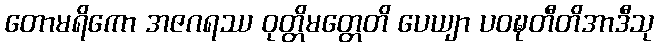
တောမရိကော အဇဂရဿ ဝုတ္တိမတ္တေတိ ပေယျာ ပဝဍ္ဎတီတိအာဒီသု